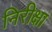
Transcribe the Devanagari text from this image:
निरीक्षा